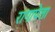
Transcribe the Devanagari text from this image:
रागापेला